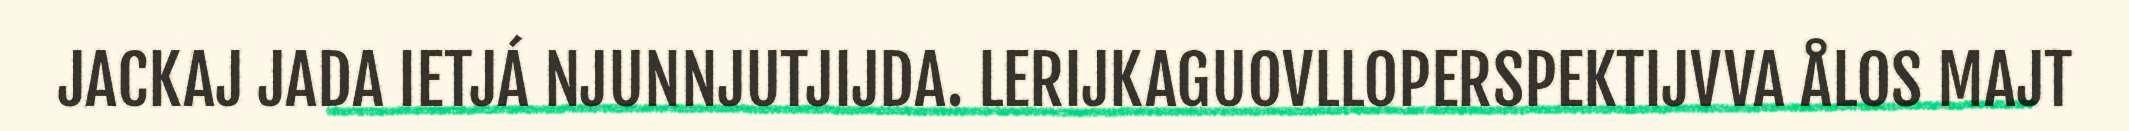
JACKAJ JADA IETJÁ NJUNNJUTJIJDA. LERIJKAGUOVLLOPERSPEKTIJVVA ÅLOS MAJT